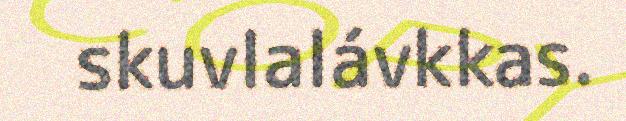
skuvlalávkkas.